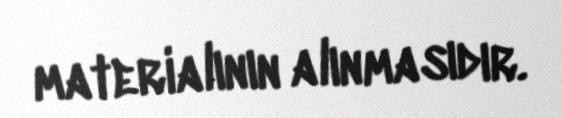
materialının alınmasıdır.